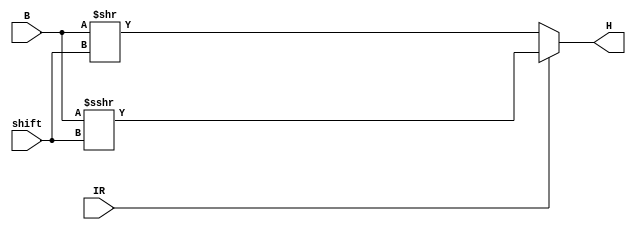
module shift_right_placeholder (
    input IR, input [4:0] shift, input [31:0] B,
    output [31:0] H
);

always @(*) begin
    if (IR==1'b0) H <= B >> shift;
    else H <= B >>> shift;
end

endmodule